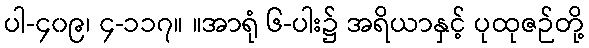
ပါ-၄၀၉၊ ၄-၁၁၇။ ။အာရုံ ၆-ပါး၌ အရိယာနှင့် ပုထုဇဉ်တို့